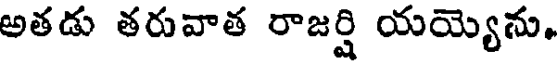
అతడు తరువాత రాజర్షి యయ్యెను.